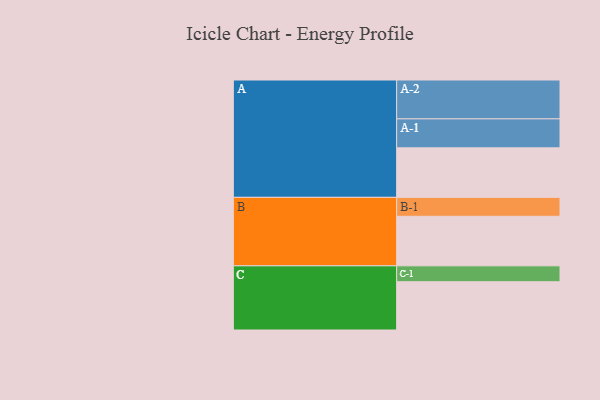
{"axis": {"x": "Segment", "y": "Value"}, "legend": ["", "A", "B", "C"], "data": [{"x": "A", "y": 311, "type": ""}, {"x": "B", "y": 311, "type": ""}, {"x": "C", "y": 303, "type": ""}, {"x": "A-1", "y": 182, "type": "A"}, {"x": "A-2", "y": 244, "type": "A"}, {"x": "B-1", "y": 119, "type": "B"}, {"x": "C-1", "y": 100, "type": "C"}]}